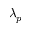
\lambda _ { p }